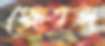
ক্ষেত্রজ